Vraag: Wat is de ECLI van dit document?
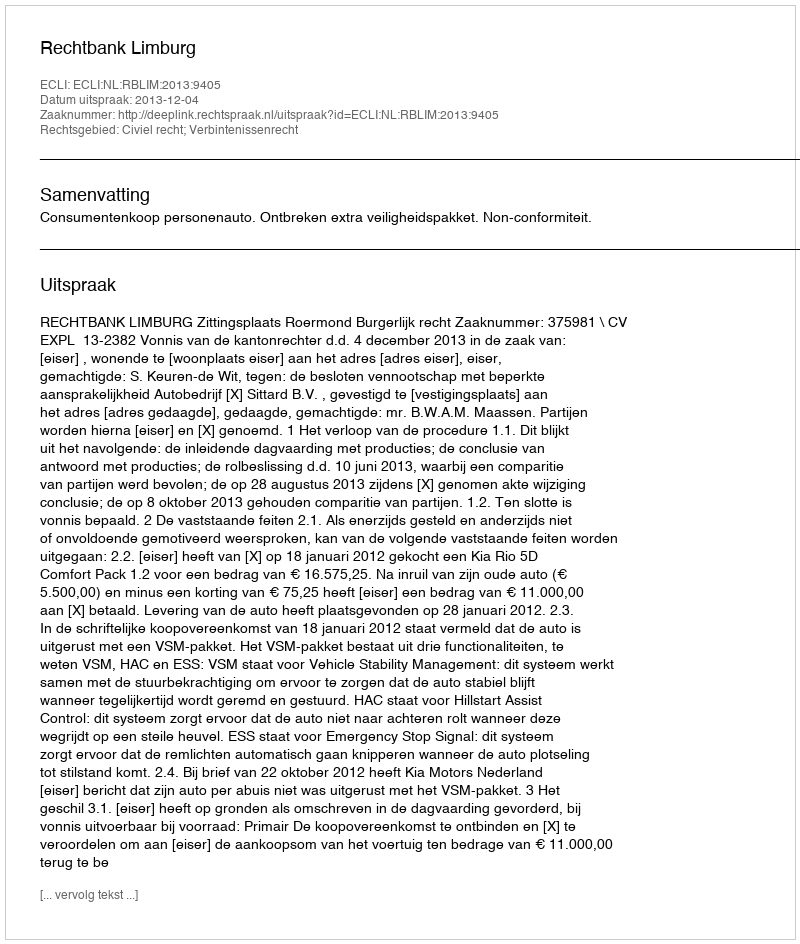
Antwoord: ECLI:NL:RBLIM:2013:9405